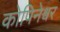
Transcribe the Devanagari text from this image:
कोपिनेश्वर